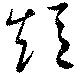
短